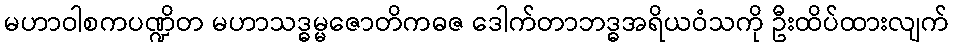
မဟာဝါစကပဏ္ဍိတ မဟာသဒ္ဓမ္မဇောတိကဓဇ ဒေါက်တာဘဒ္ဓအရိယဝံသကို ဦးထိပ်ထားလျက်